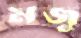
মজু